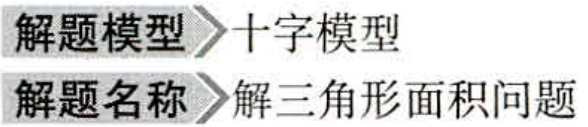
解题模型>十字模型
解题名称>解三角形面积问题